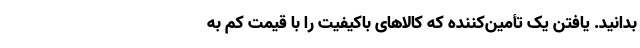
بدانید. یافتن یک تأمین‌‌کننده که کالاهای باکیفیت را با قیمت کم به